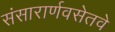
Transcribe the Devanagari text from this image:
संसारार्णवसेतवे